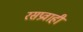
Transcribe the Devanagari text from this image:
रसप्रवाही